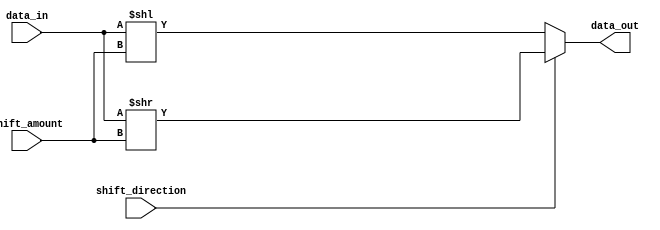
module Barrel_Shifter (
  input [7:0] data_in,
  input [2:0] shift_amount,
  input shift_direction,
  output [7:0] data_out
);

  reg [7:0] shifted_data;

  always @ (data_in or shift_direction or shift_amount)
    begin
      if (shift_direction)
        begin
          shifted_data = data_in >> shift_amount;
        end
      else
        begin
          shifted_data = data_in << shift_amount;
        end
    end

  assign data_out = shifted_data;

endmodule